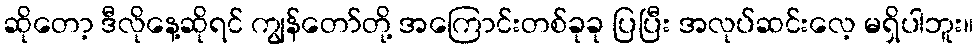
ဆိုတော့ ဒီလိုနေ့ဆိုရင် ကျွန်တော်တို့ အကြောင်းတစ်ခုခု ပြပြီး အလုပ်ဆင်းလေ့ မရှိပါဘူး။